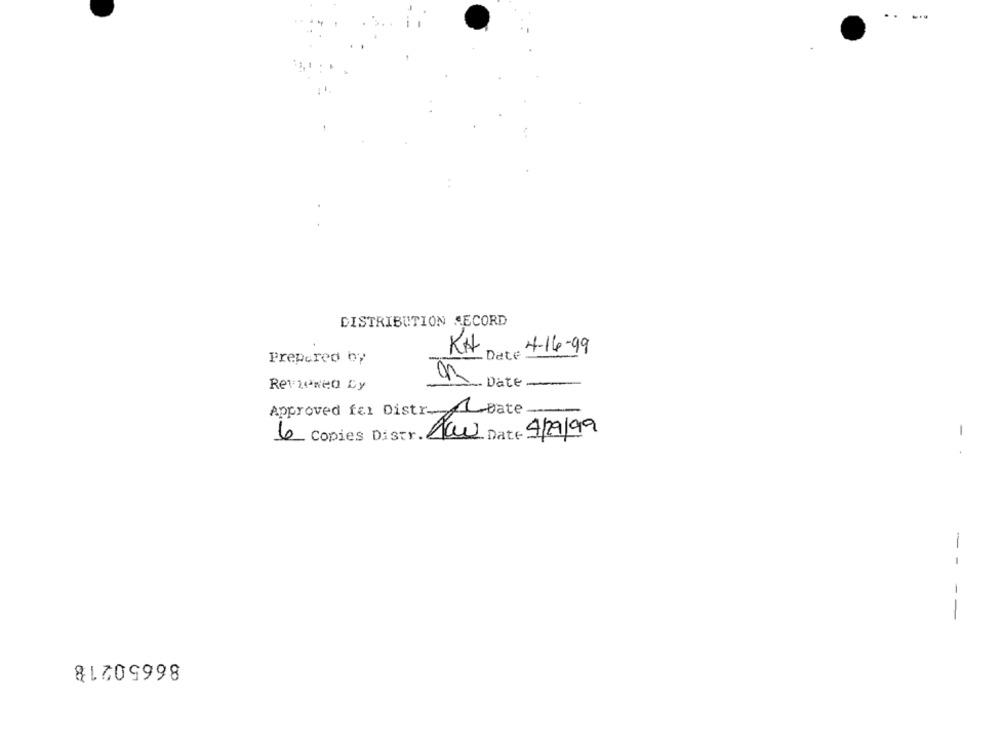
DISTRIBUTION SECORD
4-16-99
KA
- Date
Prepared by
S
- Date
Reviewed Dy
Approved fel Distr __ bate
Daw Date 4/29/99
-
6 Copies Distr.
--
--
86650218